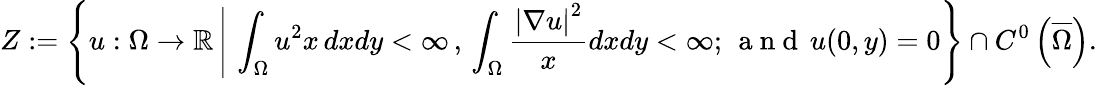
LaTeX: Z:=\left\{ u:\Omega\rightarrow\mathbb{R}\, \Bigg|\, \int_{\Omega}u^{2}x\, dxdy<\infty\, ,\, \int_{\Omega}\frac{\left|\nabla u\right|^{2}}{x}dxdy<\infty;\, \mathrm{~a~n~d~}\, u(0,y)=0\right\} \cap C^{0}\left(\overline{{\Omega}}\right).